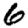
Digit: 6